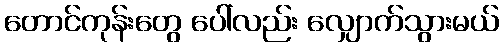
တောင်ကုန်းတွေ ပေါ်လည်း လျှောက်သွားမယ်